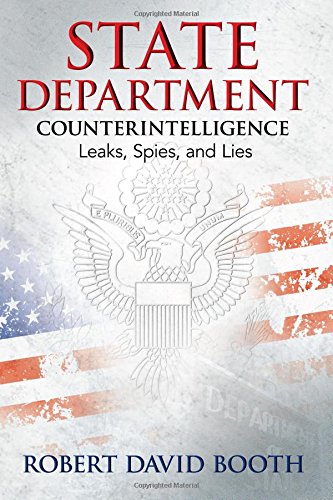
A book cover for State Department Counterintelligence: Leaks, Spies, and Lies; Robert David Booth; Biographies & Memoirs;